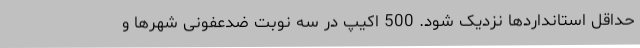
حداقل استانداردها نزدیک شود. 500 اکیپ در سه نوبت ضدعفونی شهرها و